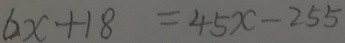
6 x + 1 8 = 4 5 x - 2 5 5